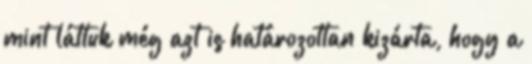
mint láttuk még azt is határozottan kizárta, hogy a